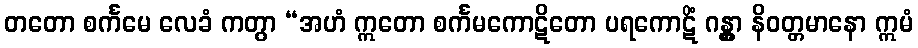
တတော စင်္ကမေ လေခံ ကတွာ “အဟံ ဣတော စင်္ကမကောဋိတော ပရကောဋိံ ဂန္တွာ နိဝတ္တမာနော ဣမံ